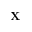
{ \bf X }